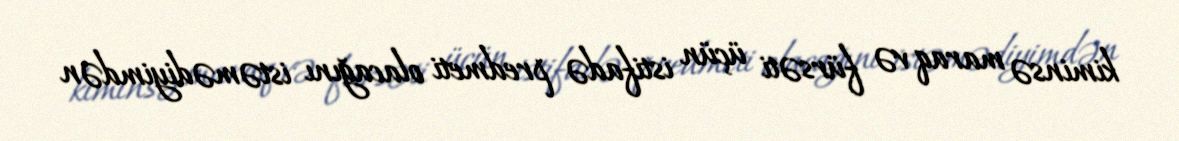
kiminsə maraq və fürsəti üçün istifadə predmeti olacağını istəmədiyimdən